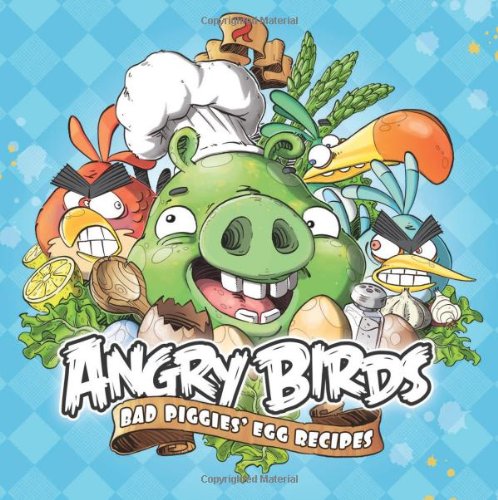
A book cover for Angry Birds: Bad Piggies' Egg Recipes; Various; Cookbooks, Food & Wine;